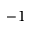
- 1